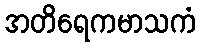
အတိရေကမာသကံ